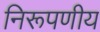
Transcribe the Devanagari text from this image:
निरूपणीय